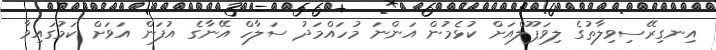
އިނގިރޭސިވިލާތުގެ ލިވަޕޫލްއަށް ކުޅެމުން އަންނަ މުހައްމަދު ސަލާހް އޭނާގެ އުފަން އަވަށް ކަމުގައިވާ